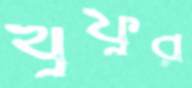
খুফুর